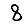
Digit: 8